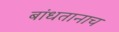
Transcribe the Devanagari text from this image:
बांधतानाच